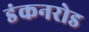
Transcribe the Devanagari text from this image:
डंकनरोड